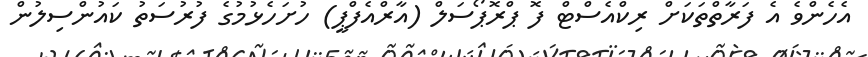
އެހެންވެ އެ ފަރާތްތަކަށް ރިކްއެސްޓް ފޮ ޕްރޮޕޯސަލް (އާރްއެފްޕީ) ހުށަހެޅުމުގެ ފުރުސަތު ކައުންސިލުން